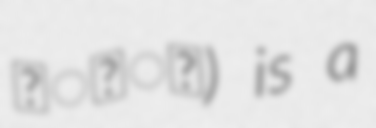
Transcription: सिँह) is a